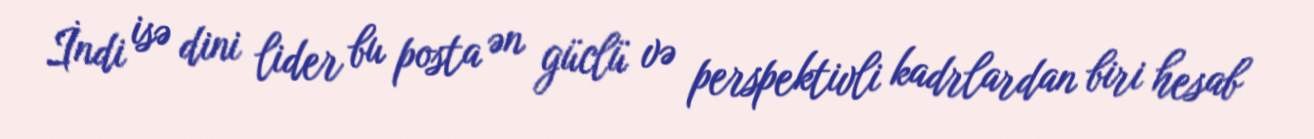
İndi isə dini lider bu posta ən güclü və perspektivli kadrlardan biri hesab